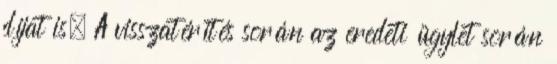
díjat is. A visszatérítés során az eredeti ügylet során